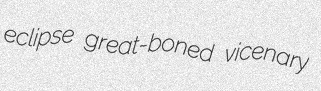
eclipse great-boned vicenary